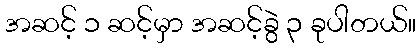
အဆင့် ၁ ဆင့်မှာ အဆင့်ခွဲ ၃ ခုပါတယ်။